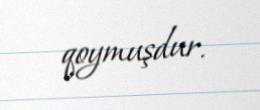
qoymuşdur.